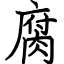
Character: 腐